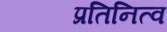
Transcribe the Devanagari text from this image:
प्रतिनित्व